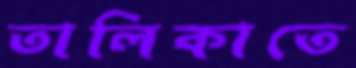
তালিকাতে